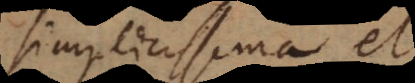
implicissima et